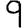
Digit: 9